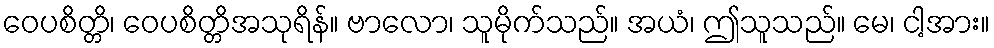
ဝေပစိတ္တိ၊ ဝေပစိတ္တိအသုရိန်။ ဗာလော၊ သူမိုက်သည်။ အယံ၊ ဤသူသည်။ မေ၊ ငါ့အား။